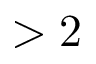
> 2